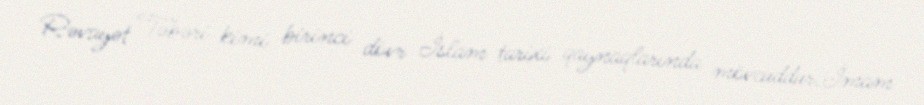
Rəvayət Təbəri kimi birinci dövr İslam tarixi qaynaqlarında mövcuddur.İmam